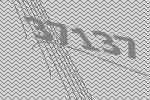
37137